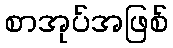
စာအုပ်အဖြစ်